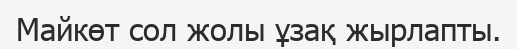
Майкөт сол жолы ұзақ жырлапты.